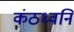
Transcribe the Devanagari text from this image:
कंठध्वनि